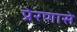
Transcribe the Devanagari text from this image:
प्रेरणासे